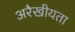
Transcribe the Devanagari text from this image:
अरैखीयता